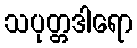
သပုတ္တဒါရော